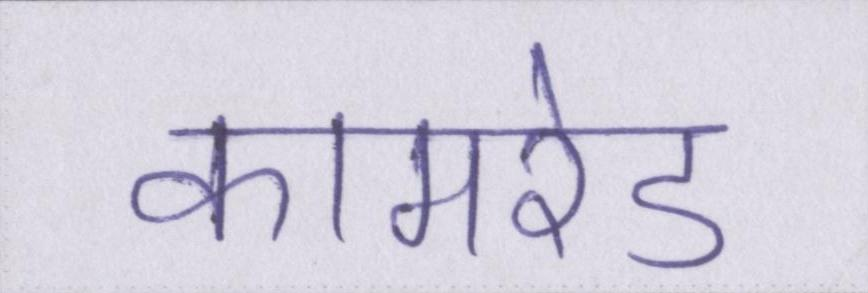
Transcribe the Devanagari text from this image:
कामरेड